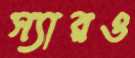
স্যারও